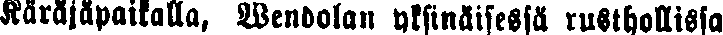
Käräjäpaikalla, Wendolan yksinäisessä rusthollissa